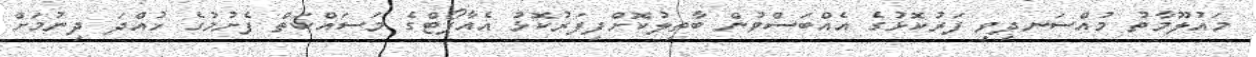
މައުލޫމާތު މުއްސަނދިވި ފަރުކޮޅުގެ އެއްބަސްވުން ބާތިލުކޮށްފިފަރުކޮޅު އެއާޕޯޓްގެ މަސައްކަތް ފެށުމުގެ ހުއްދަ ދިނުމަށް